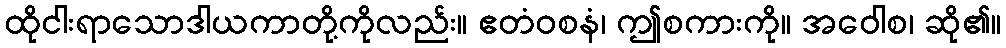
ထိုငါးရာသောဒါယကာတို့ကိုလည်း။ ဧတံဝစနံ၊ ဤစကားကို။ အဝေါစ၊ ဆို၏။